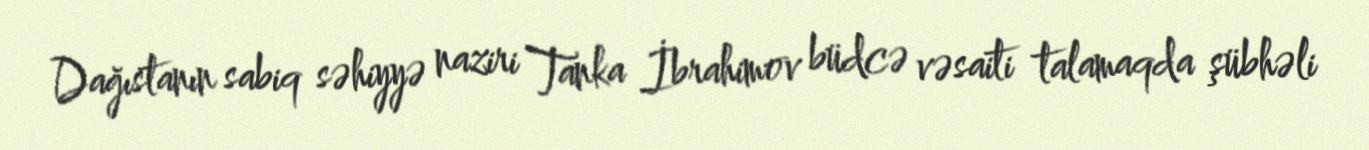
Dağıstanın sabiq səhiyyə naziri Tanka İbrahimov büdcə vəsaiti talamaqda şübhəli